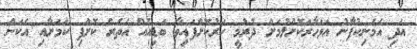
އަދި އެމަނިކުފާނު އަވަހާރަކޮށްލުމަށް ދުރުމީ ހަރުކޮށްފައިވާ ބަޑިއެއް އެތެރެ ކޮށްފި ކަމަށާއި އެކަން